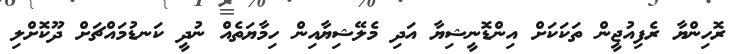
ރޮހިންޔާ ރެފިއުޖީން ތަކަކަށް އިންޑޮނީޝިޔާ އަދި މެލޭޝިޔާއިން ހިމާޔަތެއް ނުދީ ކަނޑުމައްޗަށް ދޫކޮށްލި